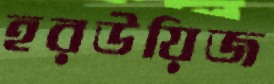
হরউয়িজ